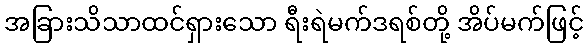
အခြားသိသာထင်ရှားသော ရီးရဲမက်ဒရစ်တို့ အိပ်မက်ဖြင့်